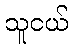
သူငယ်